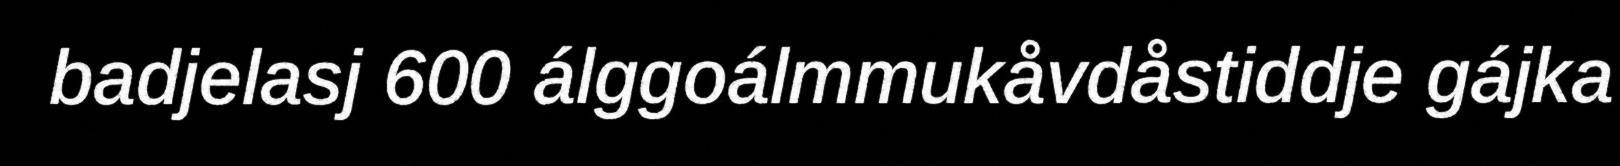
badjelasj 600 álggoálmmukåvdåstiddje gájka